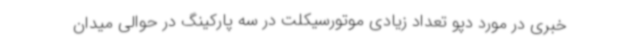
خبری در مورد دپو تعداد زیادی موتورسیکلت در سه پارکینگ در حوالی میدان